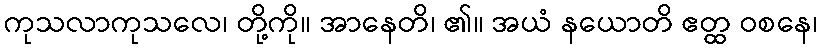
ကုသလာကုသလေ၊ တို့ကို။ အာနေတိ၊ ၏။ အယံ နယောတိ ဧတ္ထ ဝစနေ၊